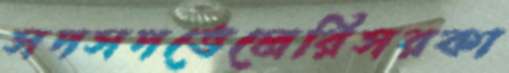
সপসপভেলেরিসরকা